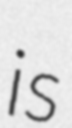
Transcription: is